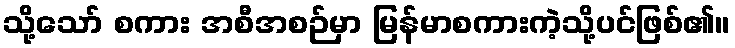
သို့သော် စကား အစီအစဉ်မှာ မြန်မာစကားကဲ့သို့ပင်ဖြစ်၏။